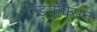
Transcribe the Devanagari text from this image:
एड्वेक्सिन